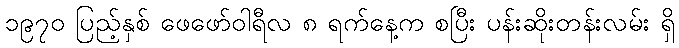
၁၉၇၀ ပြည့်နှစ် ဖေဖော်ဝါရီလ ၈ ရက်နေ့က စပြီး ပန်းဆိုးတန်းလမ်း ရှိ